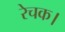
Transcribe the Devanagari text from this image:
रेचक।